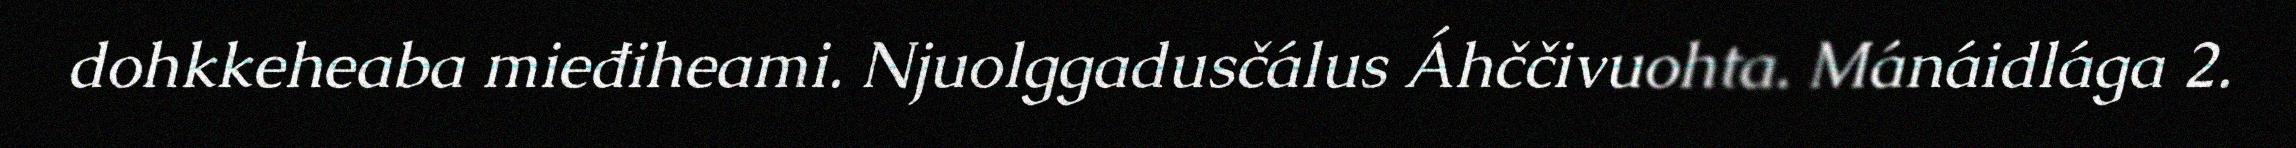
dohkkeheaba mieđiheami. Njuolggadusčálus Áhččivuohta. Mánáidlága 2.